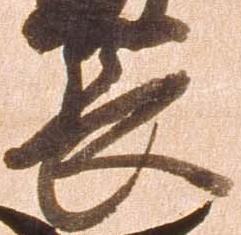
長